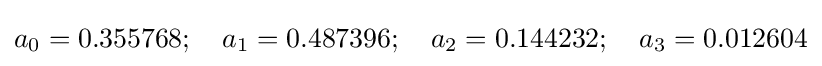
a_{0}=0.355768;\quad a_{1}=0.487396;\quad a_{2}=0.144232;\quad a_{3}=0.012604